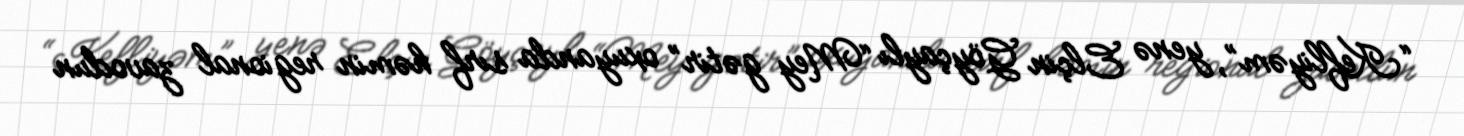
“Kefliyəm”, yenə Elçin Göyçaylı “Mey gətir” oxuyanda sırf həmin regional zavodun